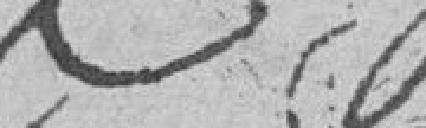
???